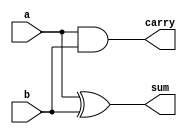
/* 
Full Adder Module for bit Addition 
*/
module HalfAdder
(
input a,
input b,

output sum,
output carry);

xor(sum,a,b);
and(carry,a,b);

endmodule